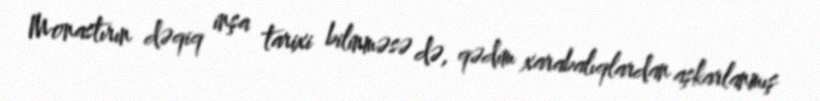
Monastırın dəqiq inşa tarixi bilinməsə də, qədim xarabalıqlardan aşkarlanmış